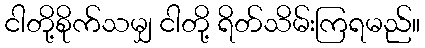
ငါတို့စိုက်သမျှ ငါတို့ ရိတ်သိမ်းကြရမည်။